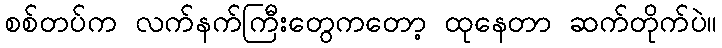
စစ်တပ်က လက်နက်ကြီးတွေကတော့ ထုနေတာ ဆက်တိုက်ပဲ။